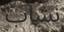
نشاب